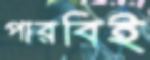
পারবিই